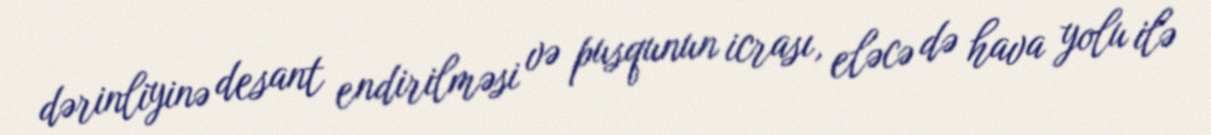
dərinliyinə desant endirilməsi və pusqunun icrası, eləcə də hava yolu ilə